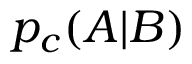
p _ { c } ( A | B )